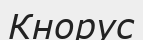
Кнорус